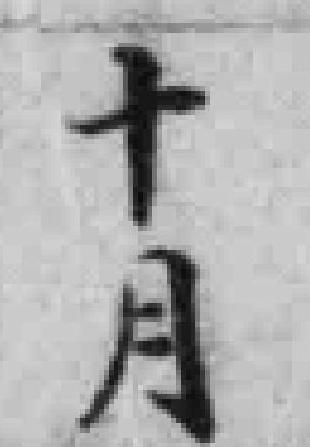
十月